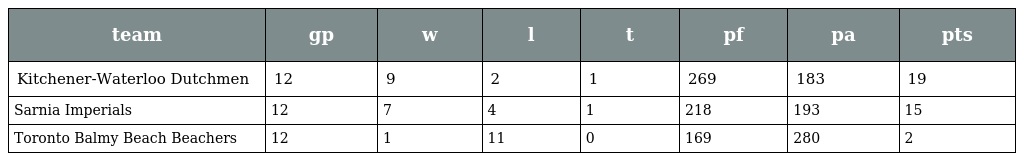
| team | gp | w | l | t | pf | pa | pts |
 | --- | --- | --- | --- | --- | --- | --- | --- |
 | Kitchener-Waterloo Dutchmen | 12 | 9 | 2 | 1 | 269 | 183 | 19 |
 | Sarnia Imperials | 12 | 7 | 4 | 1 | 218 | 193 | 15 |
 | Toronto Balmy Beach Beachers | 12 | 1 | 11 | 0 | 169 | 280 | 2 |